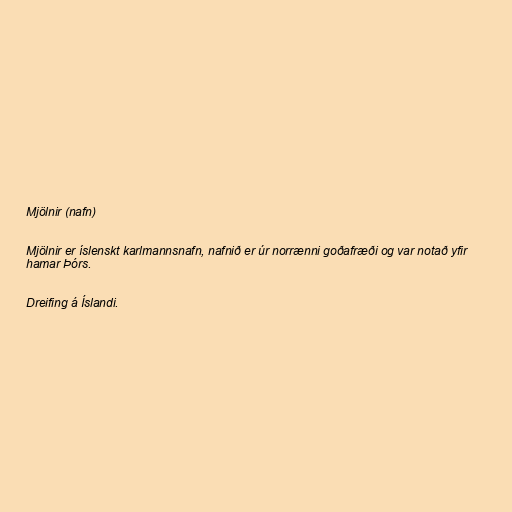
Mjölnir (nafn)

Mjölnir er íslenskt karlmannsnafn, nafnið er úr norrænni goðafræði og var notað yfir
hamar Þórs.

Dreifing á Íslandi.